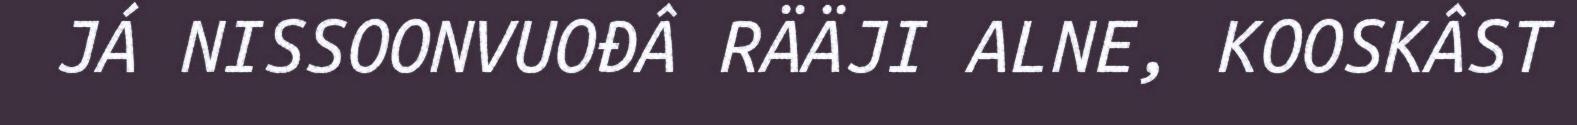
JÁ NISSOONVUOĐÂ RÄÄJI ALNE, KOOSKÂST